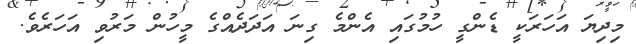
މިދިޔަ އަހަރަކީ ޑެންގީ ހުމުގައި އެންމެ ގިނަ އަދަދެއްގެ މީހުން މަރުވި އަހަރެވެ.